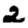
Digit: 2